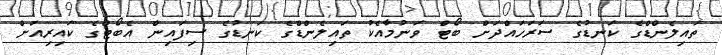
ތައިލެންޑްގެ ކަނޑުގެ ސަރަހައްދަށް ބޯޓް ވަނުމާއެކު ތައިލެންޑްގެ ކަނޑުގެ ސިފައިން އެބޯޓްގެ ކައިރިއަށް